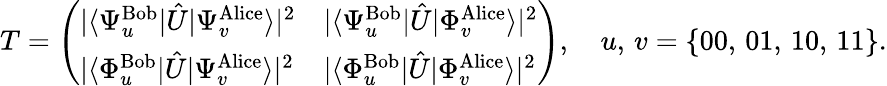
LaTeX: T=\left(\begin{array}{ll}{|\langle{\Psi_{u}^{\mathrm{Bob}}}|\hat{U}|{\Psi_{v}^{\mathrm{Alice}}}\rangle|^{2}}&{|\langle{\Psi_{u}^{\mathrm{Bob}}}|\hat{U}|{\Phi_{v}^{\mathrm{Alice}}}\rangle|^{2}}\\ {|\langle{\Phi_{u}^{\mathrm{Bob}}}|\hat{U}|{\Psi_{v}^{\mathrm{Alice}}}\rangle|^{2}}&{|\langle{\Phi_{u}^{\mathrm{Bob}}}|\hat{U}|{\Phi_{v}^{\mathrm{Alice}}}\rangle|^{2}}\end{array}\right),\quad u,\, v=\{ 00,\, 01,\, 10,\, 11\} .